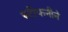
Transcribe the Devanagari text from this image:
स्टीफनीने